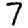
Digit: 7